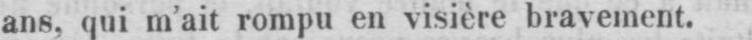
ans, qui m’ait rompu en visière bravement.